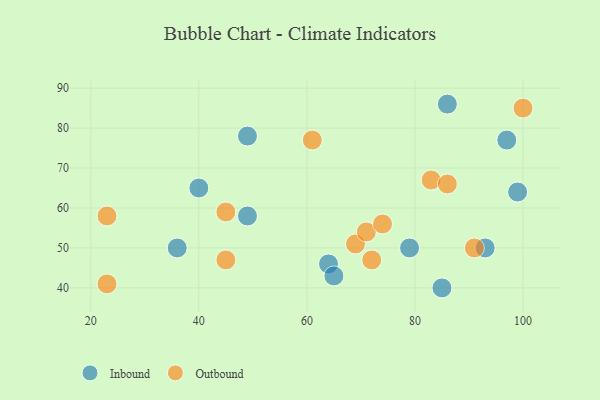
{"axis": {"x": "GDP", "y": "Life Expectancy"}, "legend": ["Inbound", "Outbound"], "data": [{"x": "79", "y": 50, "type": "Inbound"}, {"x": "97", "y": 77, "type": "Inbound"}, {"x": "99", "y": 64, "type": "Inbound"}, {"x": "64", "y": 46, "type": "Inbound"}, {"x": "65", "y": 43, "type": "Inbound"}, {"x": "49", "y": 78, "type": "Inbound"}, {"x": "49", "y": 58, "type": "Inbound"}, {"x": "40", "y": 65, "type": "Inbound"}, {"x": "86", "y": 86, "type": "Inbound"}, {"x": "36", "y": 50, "type": "Inbound"}, {"x": "93", "y": 50, "type": "Inbound"}, {"x": "85", "y": 40, "type": "Inbound"}, {"x": "23", "y": 41, "type": "Outbound"}, {"x": "61", "y": 77, "type": "Outbound"}, {"x": "83", "y": 67, "type": "Outbound"}, {"x": "45", "y": 59, "type": "Outbound"}, {"x": "69", "y": 51, "type": "Outbound"}, {"x": "45", "y": 47, "type": "Outbound"}, {"x": "86", "y": 66, "type": "Outbound"}, {"x": "71", "y": 54, "type": "Outbound"}, {"x": "100", "y": 85, "type": "Outbound"}, {"x": "74", "y": 56, "type": "Outbound"}, {"x": "91", "y": 50, "type": "Outbound"}, {"x": "72", "y": 47, "type": "Outbound"}, {"x": "23", "y": 58, "type": "Outbound"}]}